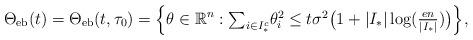
LaTeX: \begin{align*}\Theta_{\rm eb}(t)=\Theta_{\rm eb}(t,\tau_0)=\Big\{\theta\in\mathbb{R}^n : \textstyle{\sum_{i\in I_*^c}} \theta_i^2 \le t \sigma^2\big(1+|I_*|\log(\tfrac{en}{|I_*|})\big)\Big\},\end{align*}